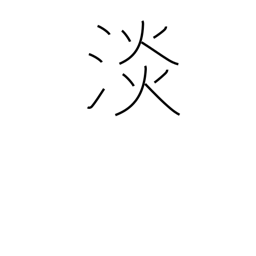
Meaning: faint